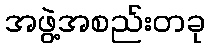
အဖွဲ့အစည်းတခု